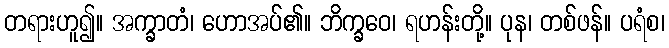
တရားဟူ၍။ အက္ခာတံ၊ ဟောအပ်၏။ ဘိက္ခဝေ၊ ရဟန်းတို့။ ပုန၊ တစ်ဖန်။ ပရံစ၊